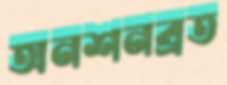
অনশনব্রত